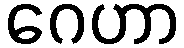
ဂေဟာ